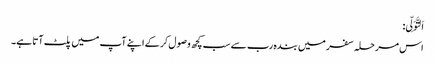
اَلتَّوَلِّی:
اس مرحلہ سفر میں بندہ رب سے سب کچھ وصول کر کے اپنے آپ میں پلٹ آتا ہے۔